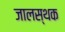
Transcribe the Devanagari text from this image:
जालस्थक